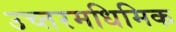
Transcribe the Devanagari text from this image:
उच्तरमधिमिक